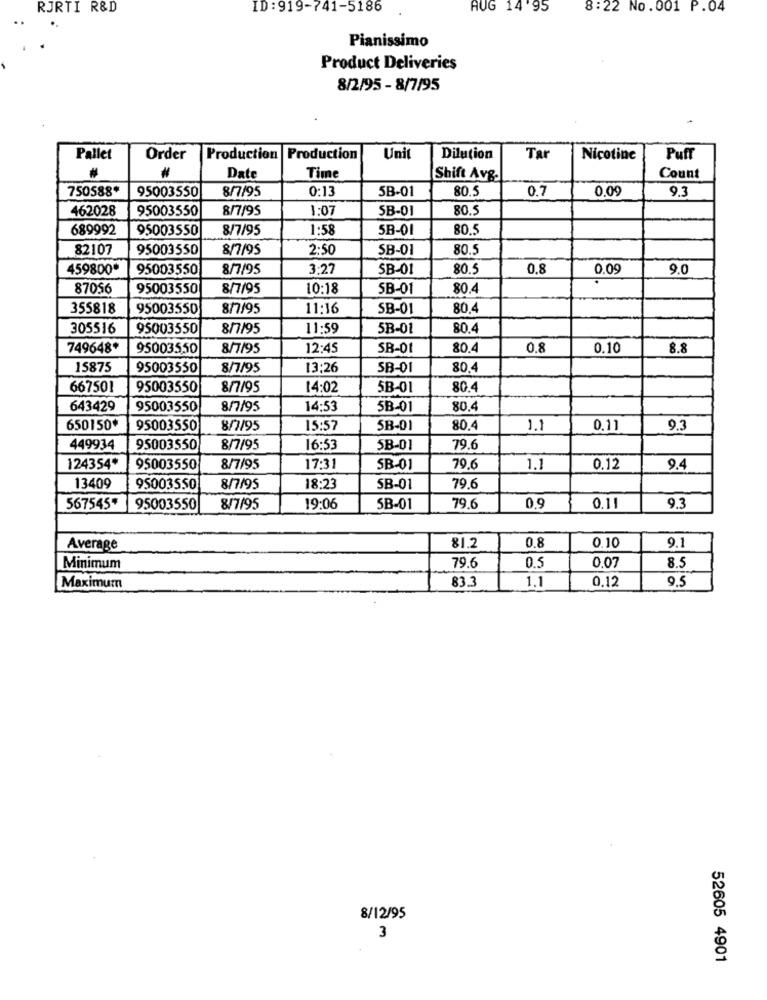
RJRTI R&D
ID : 919-741-5186
AUG 14'95
8:22 No.001 P.04
Pianissimo
Product Deliveries
8/2/95 - 8/7/95
Pallet
Order
Production
Production
Unit
Dilution
Tar
Nicotine
Puff
Date
Time
Shift Avg.
Count
750588*
95003550
0:13
5B-01
80.5
0.7
0.09
9.3
8/7/95
462028
95003550
8/7/95
1:07
SB-01
80.5
689992
95003550
8/7/95
1:58
5B-01
80.5
82107
95003550
8/7/95
2:50
SB-01
80.9
459800*
95003550
8/7/95
3:27
SB-01
80.5
0,8
0.09
9.0
87056
95003550
8/7/95
10:18
5B-01
80.4
355818
95003550
8/7/95
11:16
SB-01
80,4
305516
95003550
8/7/95
11:59
5B-01
80.4
749648*
95003550
8/7/95
12:45
SB-01
80.4
0.8
0.10
8.8
15875
95003550
8/7/95
13:26
SB-01
80.4
667501
95003550
8/7/95
14:02
5B-01
80.4
643429
95003550
8/7/95
14:53
5B-01
80.4
650150*
95003550
8/1/95
15:57
5B-01
80.4
1.1
0.11
9.3
449934
95003550
8/7/95
16:53
5B-01
79.6
124354*
95003550
8/7/95
17:31
SB-01
79.6
1.1
0.12
9.4
13409
95003550
8/7/95
18:23
SB-01
79.6
567545*
95003550
8/7/95
19:06
SB-01
79.6
0.9
0.11
9.3
9.1
Average
81.2
0.8
0.10
Minimum
79.6
0.5
0.07
8.5
83.3
1.1
Maximum
0.12
9.5
8/12/95
3
52605 4901